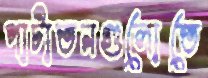
পাটাতনগুলোতে